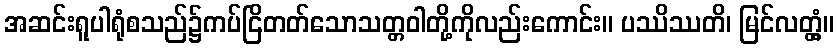
အဆင်းရူပါရုံစသည်၌ကပ်ငြိတတ်သောသတ္တဝါတို့ကိုလည်းကောင်း။ ပဿိဿတိ၊ မြင်လတ္တံ့။